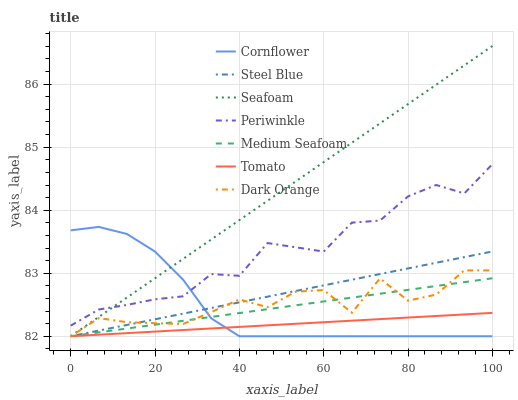
| xaxis_label | Cornflower | Steel Blue | Seafoam | Periwinkle | Medium Seafoam | Tomato | Dark Orange |
 | --- | --- | --- | --- | --- | --- | --- | --- |
 | 0 | 83.7 | 82 | 82 | 82.2 | 82 | 82 | 82 |
 | 6.67 | 83.7 | 82.1 | 82.3 | 82.4 | 82.1 | 82 | 82.3 |
 | 13.3 | 83.6 | 82.2 | 82.6 | 82.5 | 82.1 | 82 | 82.2 |
 | 20 | 83.3 | 82.3 | 82.9 | 82.6 | 82.2 | 82.1 | 82.2 |
 | 26.7 | 82.9 | 82.4 | 83.2 | 82.6 | 82.2 | 82.1 | 82.2 |
 | 33.3 | 82.3 | 82.4 | 83.5 | 83 | 82.3 | 82.1 | 82.4 |
 | 40 | 82 | 82.5 | 83.8 | 83 | 82.4 | 82.1 | 82.6 |
 | 46.7 | 82 | 82.6 | 84.1 | 83.5 | 82.4 | 82.2 | 82.5 |
 | 53.3 | 82 | 82.7 | 84.5 | 83.4 | 82.5 | 82.2 | 82.7 |
 | 60 | 82 | 82.8 | 84.8 | 83.3 | 82.6 | 82.2 | 82.7 |
 | 66.7 | 82 | 82.9 | 85.1 | 83.8 | 82.6 | 82.2 | 82.4 |
 | 73.3 | 82 | 83 | 85.4 | 83.8 | 82.7 | 82.3 | 82.9 |
 | 80 | 82 | 83.1 | 85.7 | 84.2 | 82.7 | 82.3 | 82.6 |
 | 86.7 | 82 | 83.2 | 86 | 84.4 | 82.8 | 82.3 | 82.7 |
 | 93.3 | 82 | 83.3 | 86.3 | 84.3 | 82.9 | 82.3 | 83 |
 | 100 | 82 | 83.3 | 86.6 | 84.7 | 82.9 | 82.4 | 83 |